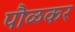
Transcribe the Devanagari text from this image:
पौळकर